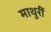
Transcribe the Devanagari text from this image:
माथुरीं